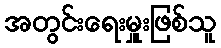
အတွင်းရေးမှူးဖြစ်သူ